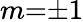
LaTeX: m{=}{\pm}1